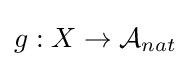
g:X\to {\mathcal {A}}_{nat}